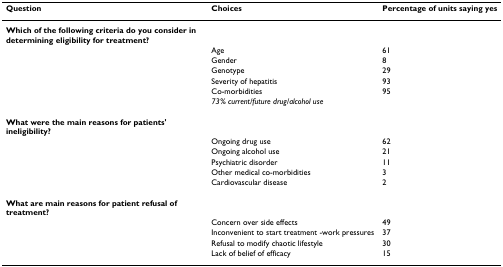
| Question | Choices | Percentage of units saying yes |
 | --- | --- | --- |
 | Which of the following criteria do you consider in determining eligibility for treatment? |  |  |
 |  | Age | 61 |
 |  | Gender | 8 |
 |  | Genotype | 29 |
 |  | Severity of hepatitis | 93 |
 |  | Co-morbidities | 95 |
 |  | 73% current/future drug/alcohol use |  |
 | What were the main reasons for patients' ineligibility? |  |  |
 |  | Ongoing drug use | 62 |
 |  | Ongoing alcohol use | 21 |
 |  | Psychiatric disorder | 11 |
 |  | Other medical co-morbidities | 3 |
 |  | Cardiovascular disease | 2 |
 | What are main reasons for patient refusal of treatment? |  |  |
 |  | Concern over side effects | 49 |
 |  | Inconvenient to start treatment -work pressures | 37 |
 |  | Refusal to modify chaotic lifestyle | 30 |
 |  | Lack of belief of efficacy | 15 |